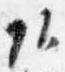
頭